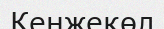
Кенжекөл